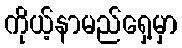
ကိုယ့်နာမည်ရှေ့မှာ